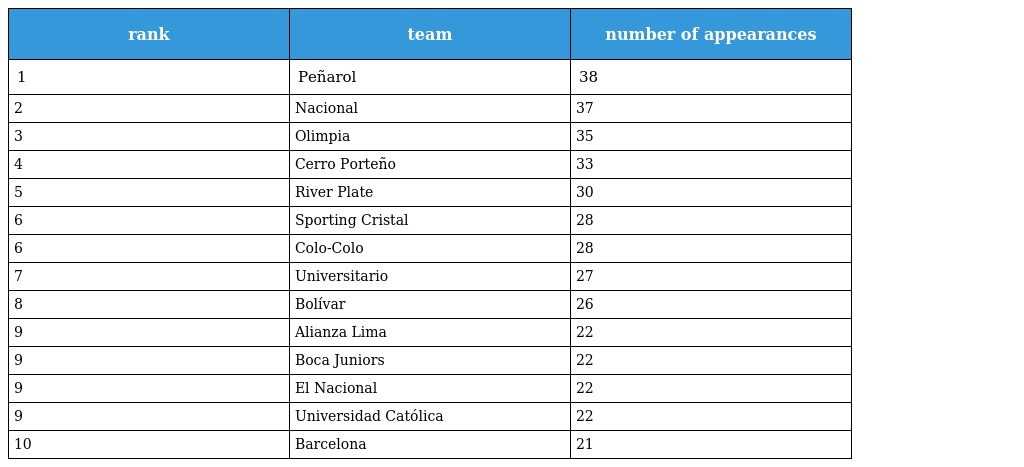
| rank | team | number of appearances |
 | --- | --- | --- |
 | 1 | Peñarol | 38 |
 | 2 | Nacional | 37 |
 | 3 | Olimpia | 35 |
 | 4 | Cerro Porteño | 33 |
 | 5 | River Plate | 30 |
 | 6 | Sporting Cristal | 28 |
 | 6 | Colo-Colo | 28 |
 | 7 | Universitario | 27 |
 | 8 | Bolívar | 26 |
 | 9 | Alianza Lima | 22 |
 | 9 | Boca Juniors | 22 |
 | 9 | El Nacional | 22 |
 | 9 | Universidad Católica | 22 |
 | 10 | Barcelona | 21 |